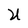
Character: U